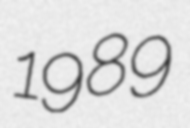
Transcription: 1989